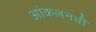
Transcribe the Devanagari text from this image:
आंकलनभी